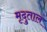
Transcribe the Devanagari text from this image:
मृदुताल